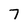
Character: 7